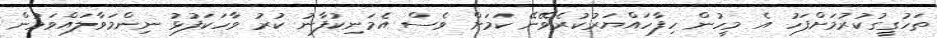
ތަހުގީގުކުރުމަށްފަހު އެ މީހުން ހިފާހައްޔަރުކުރެވޭނޭ ކަމަށް ވެސް އެމަނިކުފާނު ކުރު ވާހަކަފުޅު ނިންމަވާލައްވަމުން